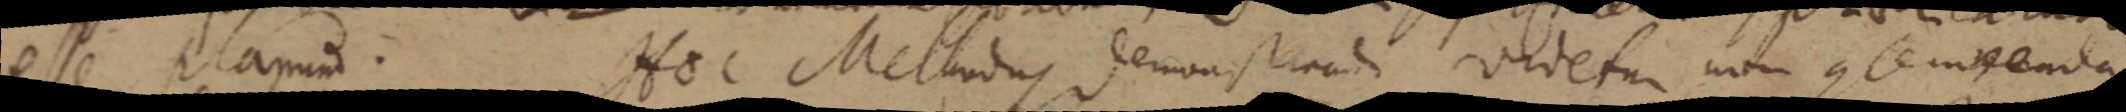
esse planum. Hoc Methodus demonstrandi videtur non contendenda